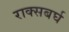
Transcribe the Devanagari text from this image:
राक्सबर्घ